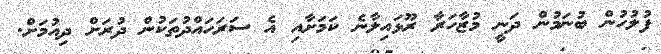
ފުލުހުން ބުނަމުން ދަނީ މުޒާހަރާ ރޫޅައިލާނެ ކަމަށާއި އެ ސަރަހައްދުތަކުން ދުރަށް ދިއުމަށް.